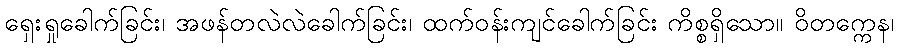
ရှေးရှုခေါက်ခြင်း၊ အဖန်တလဲလဲခေါက်ခြင်း၊ ထက်ဝန်းကျင်ခေါက်ခြင်း ကိစ္စရှိသော။ ဝိတက္ကေန၊